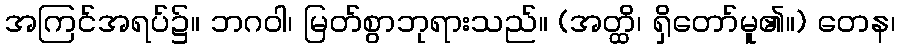
အကြင်အရပ်၌။ ဘဂဝါ၊ မြတ်စွာဘုရားသည်။ (အတ္ထိ၊ ရှိတော်မူ၏။) တေန၊